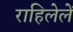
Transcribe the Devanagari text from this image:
राहिलेलें